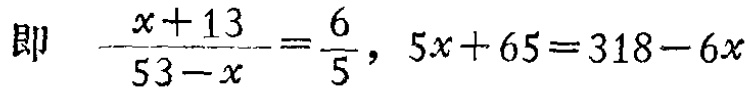
即 \(\frac{x + 13}{53 - x}=\frac{6}{5}, 5x + 65 = 318 - 6x\)